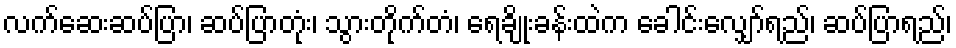
လက်ဆေးဆပ်ပြာ၊ ဆပ်ပြာတုံး၊ သွားတိုက်တံ၊ ရေချိုးခန်းထဲက ခေါင်းလျှော်ရည်၊ ဆပ်ပြာရည်၊